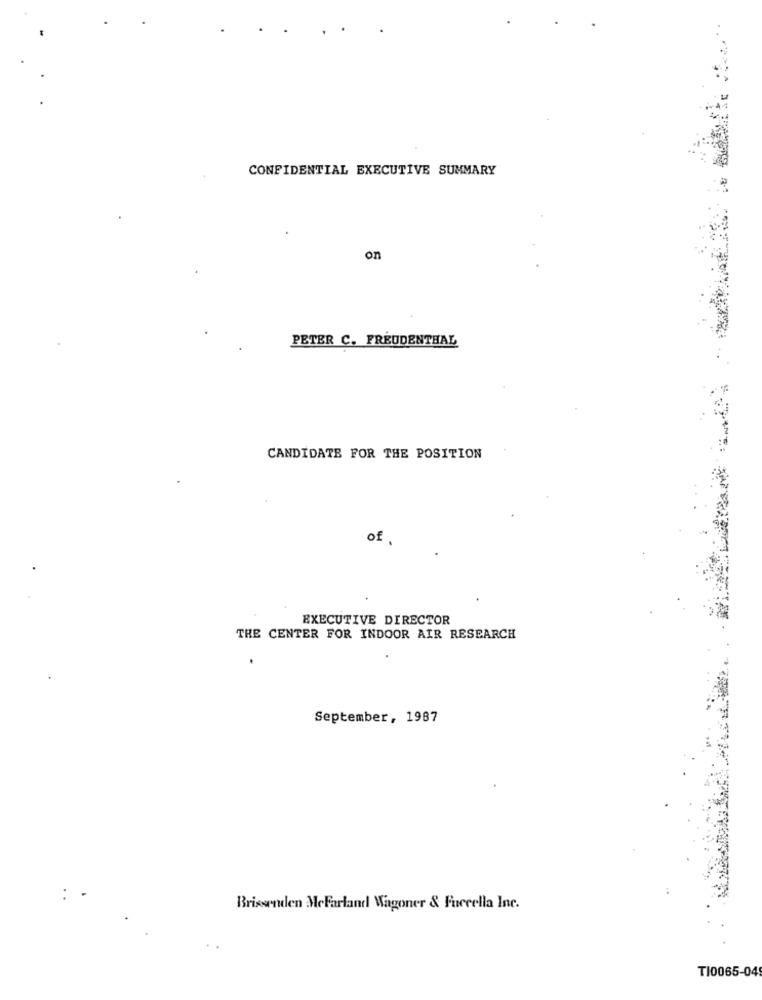
CONFIDENTIAL EXECUTIVE SUMMARY
on
PETER C. FREUDENTHAL
CANDIDATE FOR THE POSITION
of.
EXECUTIVE DIRECTOR
THE CENTER FOR INDOOR AIR RESEARCH
September, 1987
Brissenden MeFarland Wagoner & Fuccella Inc.
TI0065-04